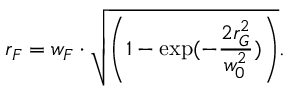
r _ { F } = w _ { F } \cdot \sqrt { \left( 1 - \exp ( - \frac { 2 r _ { G } ^ { 2 } } { w _ { 0 } ^ { 2 } } ) \right) } .